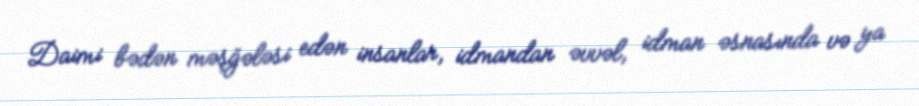
Daimi bədən məşğələsi edən insanlar, idmandan əvvəl, idman əsnasında və ya